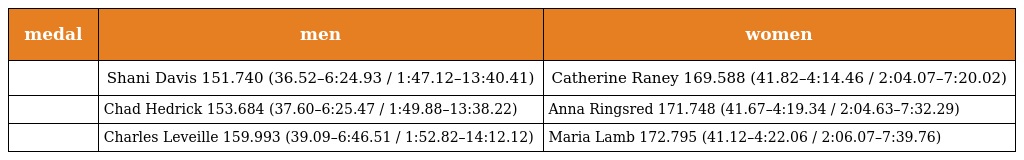
| medal | men | women |
 | --- | --- | --- |
 |  | Shani Davis 151.740 (36.52–6:24.93 / 1:47.12–13:40.41) | Catherine Raney 169.588 (41.82–4:14.46 / 2:04.07–7:20.02) |
 |  | Chad Hedrick 153.684 (37.60–6:25.47 / 1:49.88–13:38.22) | Anna Ringsred 171.748 (41.67–4:19.34 / 2:04.63–7:32.29) |
 |  | Charles Leveille 159.993 (39.09–6:46.51 / 1:52.82–14:12.12) | Maria Lamb 172.795 (41.12–4:22.06 / 2:06.07–7:39.76) |